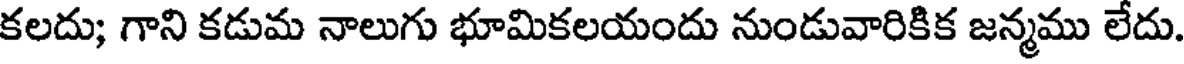
కలదు; గాని కడుమ నాలుగు భూమికలయందు నుండువారికిక జన్మము లేదు.